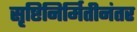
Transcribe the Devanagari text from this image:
सृष्टिनिर्मितीनंतर